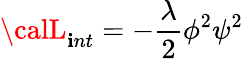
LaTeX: {\calL}_{\mathbf{i}nt}=-\frac{{\lambda}}{{2}}{\phi}^{2}{\psi}^{2}